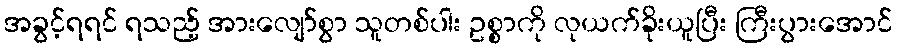
အခွင့်ရရင် ရသည့် အားလျော်စွာ သူတစ်ပါး ဥစ္စာကို လုယက်ခိုးယူပြီး ကြီးပွားအောင်